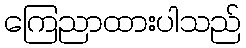
ကြေညာထားပါသည်